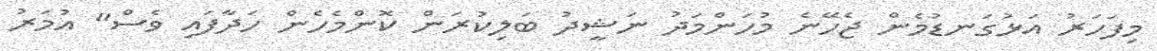
މިފަހަރު އަޅުގަނޑުމެން ޖެހޭނެ މުހަންމަދު ނަޝީދު ބަލިކުރަން ކޮންމެހެން ހަދާފައި ވެސް" އުމަރު